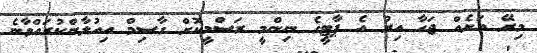
މިރޭ އަށެއް ޖަހާ އިރު އެ ޕާޓީގެ ނިންމީ ރަސްމީކޮށް ގާސިމް އިއުލާންކުރައްވާނެ